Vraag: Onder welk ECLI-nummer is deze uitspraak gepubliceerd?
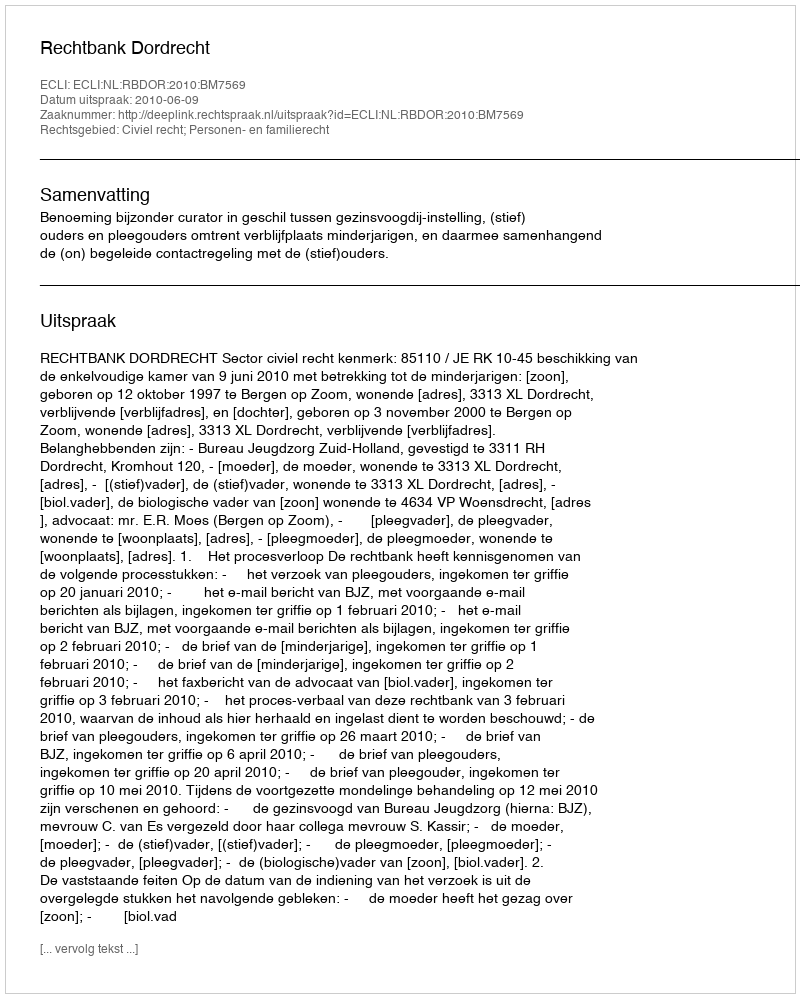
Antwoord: ECLI:NL:RBDOR:2010:BM7569